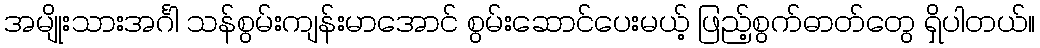
အမျိုးသားအင်္ဂါ သန်စွမ်းကျန်းမာအောင် စွမ်းဆောင်ပေးမယ့် ဖြည့်စွက်ဓာတ်တွေ ရှိပါတယ်။